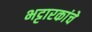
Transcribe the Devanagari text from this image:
भट्टारकांचे